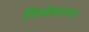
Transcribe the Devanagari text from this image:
निर्भत्सनांना